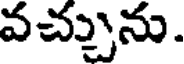
వచ్చును.